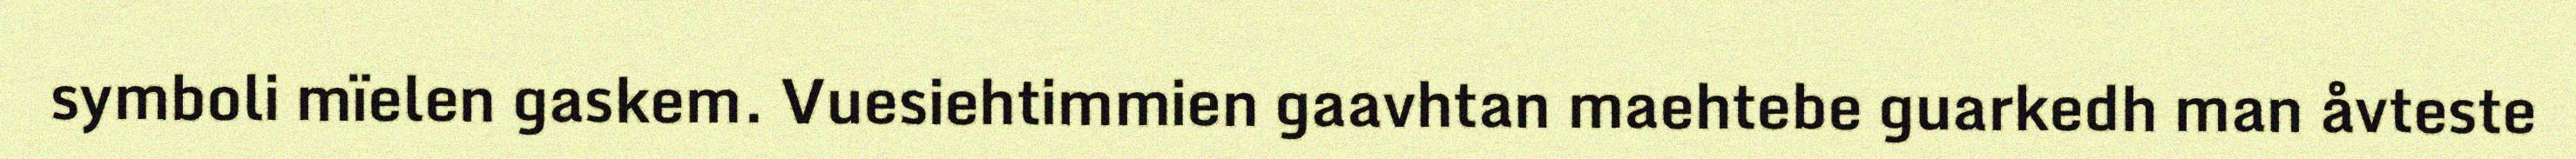
symboli mïelen gaskem. Vuesiehtimmien gaavhtan maehtebe guarkedh man åvteste